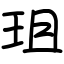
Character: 珇